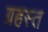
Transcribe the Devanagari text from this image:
ग्रहस्त